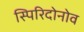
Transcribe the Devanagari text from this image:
स्पिरिदोनोव